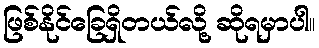
ဖြစ်နိုင်ခြေရှိတယ်လို့ ဆိုရမှာပါ။